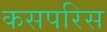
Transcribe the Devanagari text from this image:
कसपरिस